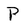
Character: P